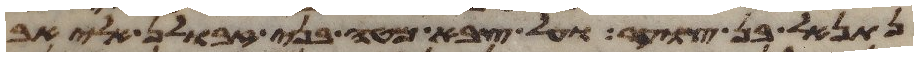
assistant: נתנאל בן צוער ועל צבא מטה בני זבולן אליאב